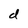
Character: d